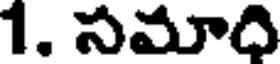
1. సమాది